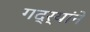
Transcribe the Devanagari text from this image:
गद्र्‍यांने